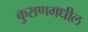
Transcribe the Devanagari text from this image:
कुराणमधील